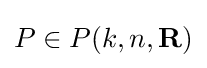
P\in P(k,n,\mathbf {R} )